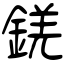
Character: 錓